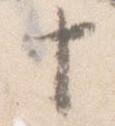
十